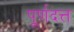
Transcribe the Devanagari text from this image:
पूर्णदत्त